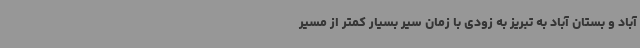
آباد و بستان آباد به تبریز به زودی با زمان سیر بسیار کمتر از مسیر